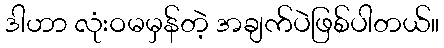
ဒါဟာ လုံးဝမမှန်တဲ့ အချက်ပဲဖြစ်ပါတယ်။